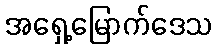
အရှေ့မြောက်ဒေသ